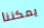
يمكننا